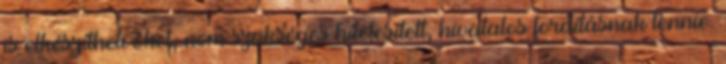
is elkészítheti őket, nem szükséges hitelesített, hivatalos fordításnak lennie.